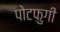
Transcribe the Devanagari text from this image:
पोटफुगी